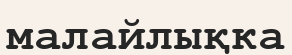
малайлықка